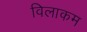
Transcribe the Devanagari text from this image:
विलाकम